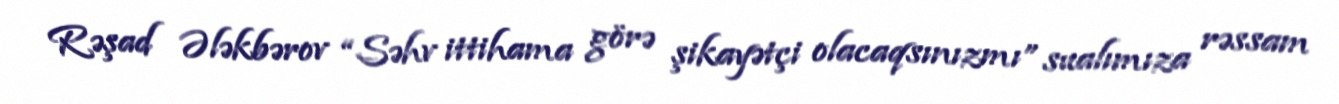
Rəşad Ələkbərov “Səhv ittihama görə şikayətçi olacaqsınızmı” sualımıza rəssam